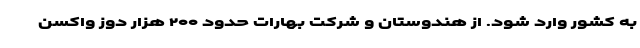
به کشور وارد شود. از هندوستان و شرکت بهارات حدود ۲۰۰ هزار دوز واکسن